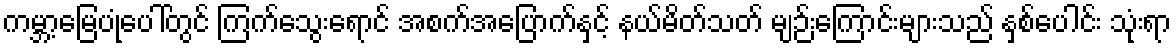
ကမ္ဘာ့မြေပုံပေါ်တွင် ကြက်သွေးရောင် အစက်အပြောက်နှင့် နယ်မိတ်သတ် မျဉ်းကြောင်းများသည် နှစ်ပေါင်း သုံးရာ